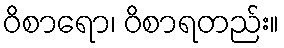
ဝိစာရော၊ ဝိစာရတည်း။